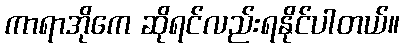
ကာရာအိုကေ ဆိုရင်လည်းရနိုင်ပါတယ်။